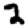
Digit: 2